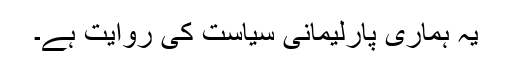
یہ ہماری پارلیمانی سیاست کی روایت ہے۔